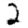
Digit: 2